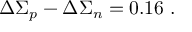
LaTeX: \Delta \Sigma _ { p } - \Delta \Sigma _ { n } = 0 . 1 6 ~ .